Lunatic asylums United Provinces 1909-1921 - 1909-1921
Year: 1909
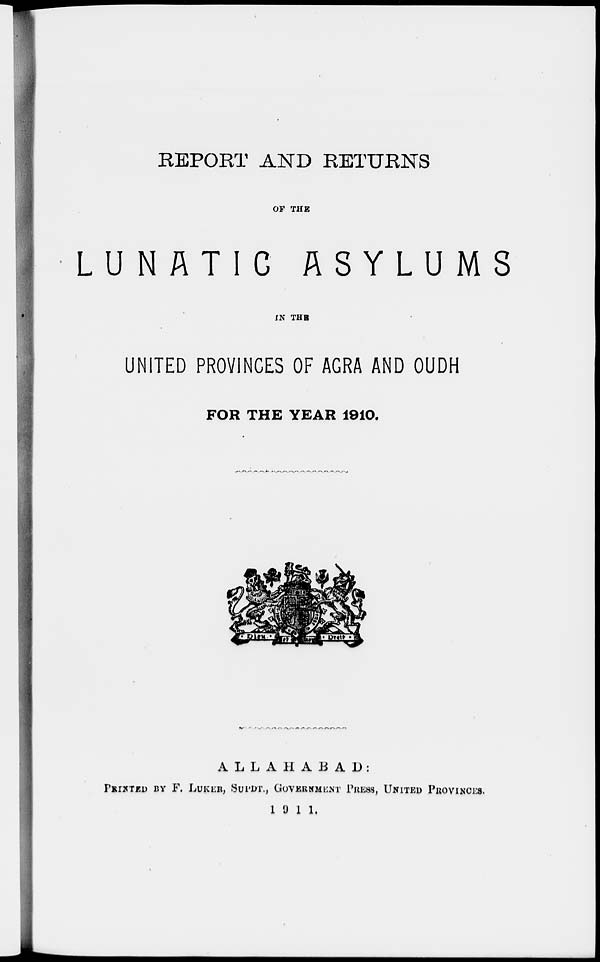
REPORT AND RETURNS
OF THE
LUNATIC
ASYLUMS
IN THE
UNITED PROVINCES OF AGRA AND OUDH
FOR THE YEAR 1910.
ALLAHABAD:
PRINTED BY F. LUKER, SUPDT., GOVERNMENT PRESS, UNITED PROVINCES.
1 9 1 1.